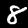
Digit: 8